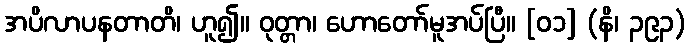
အပိလာပနတာတိ၊ ဟူ၍။ ဝုတ္တာ၊ ဟောတော်မူအပ်ပြီ။ [၀၁] (နိ၊ ၃၉၃)